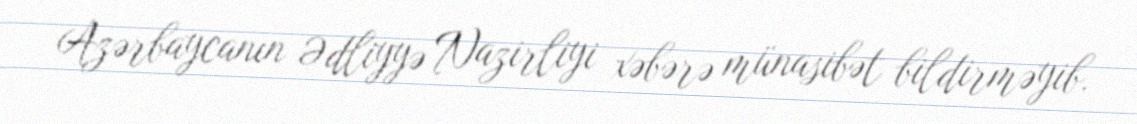
Azərbaycanın Ədliyyə Nazirliyi xəbərə münasibət bildirməyib.